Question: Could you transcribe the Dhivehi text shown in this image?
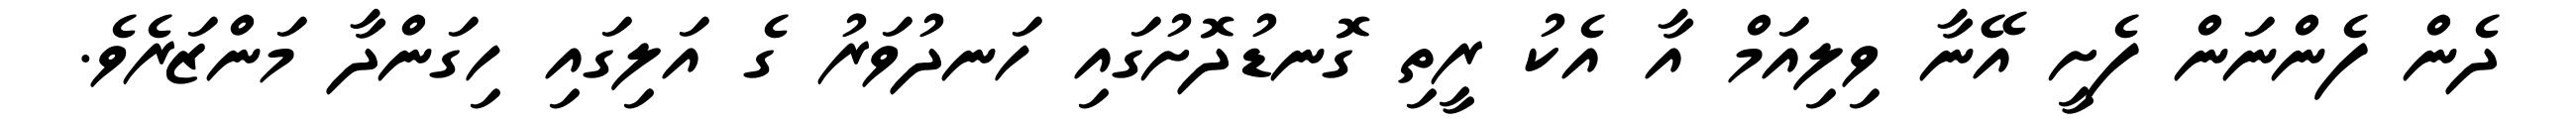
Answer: ދެން ފެންނަން ފެށީ އޭނާ ވިލިއަމް އާ އެކު ރީތި ގޮނޑުދޮށުގައި ހަނދުވަރު ގެ އަލިގައި ހިގަންދާ މަންޒަރެވެ.